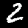
Digit: 2